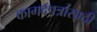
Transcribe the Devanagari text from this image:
कागदपत्रांसाठी